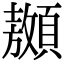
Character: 䫨